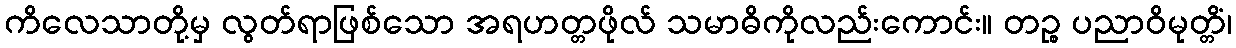
ကိလေသာတို့မှ လွတ်ရာဖြစ်သော အရဟတ္တဖိုလ် သမာဓိကိုလည်းကောင်း။ တဉ္စ ပညာဝိမုတ္တိံ၊